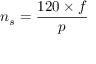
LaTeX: n _ { s } = { \frac { 1 2 0 \times { f } } { p } }